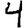
Digit: 4